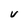
Character: V